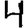
Digit: 4